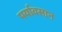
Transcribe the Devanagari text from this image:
पर्यावसान